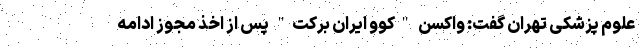
علوم پزشکی تهران گفت: واکسن "کُوو ایران برکت" پس از اخذ مجوز ادامه